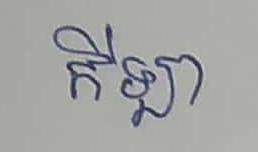
កីឡា